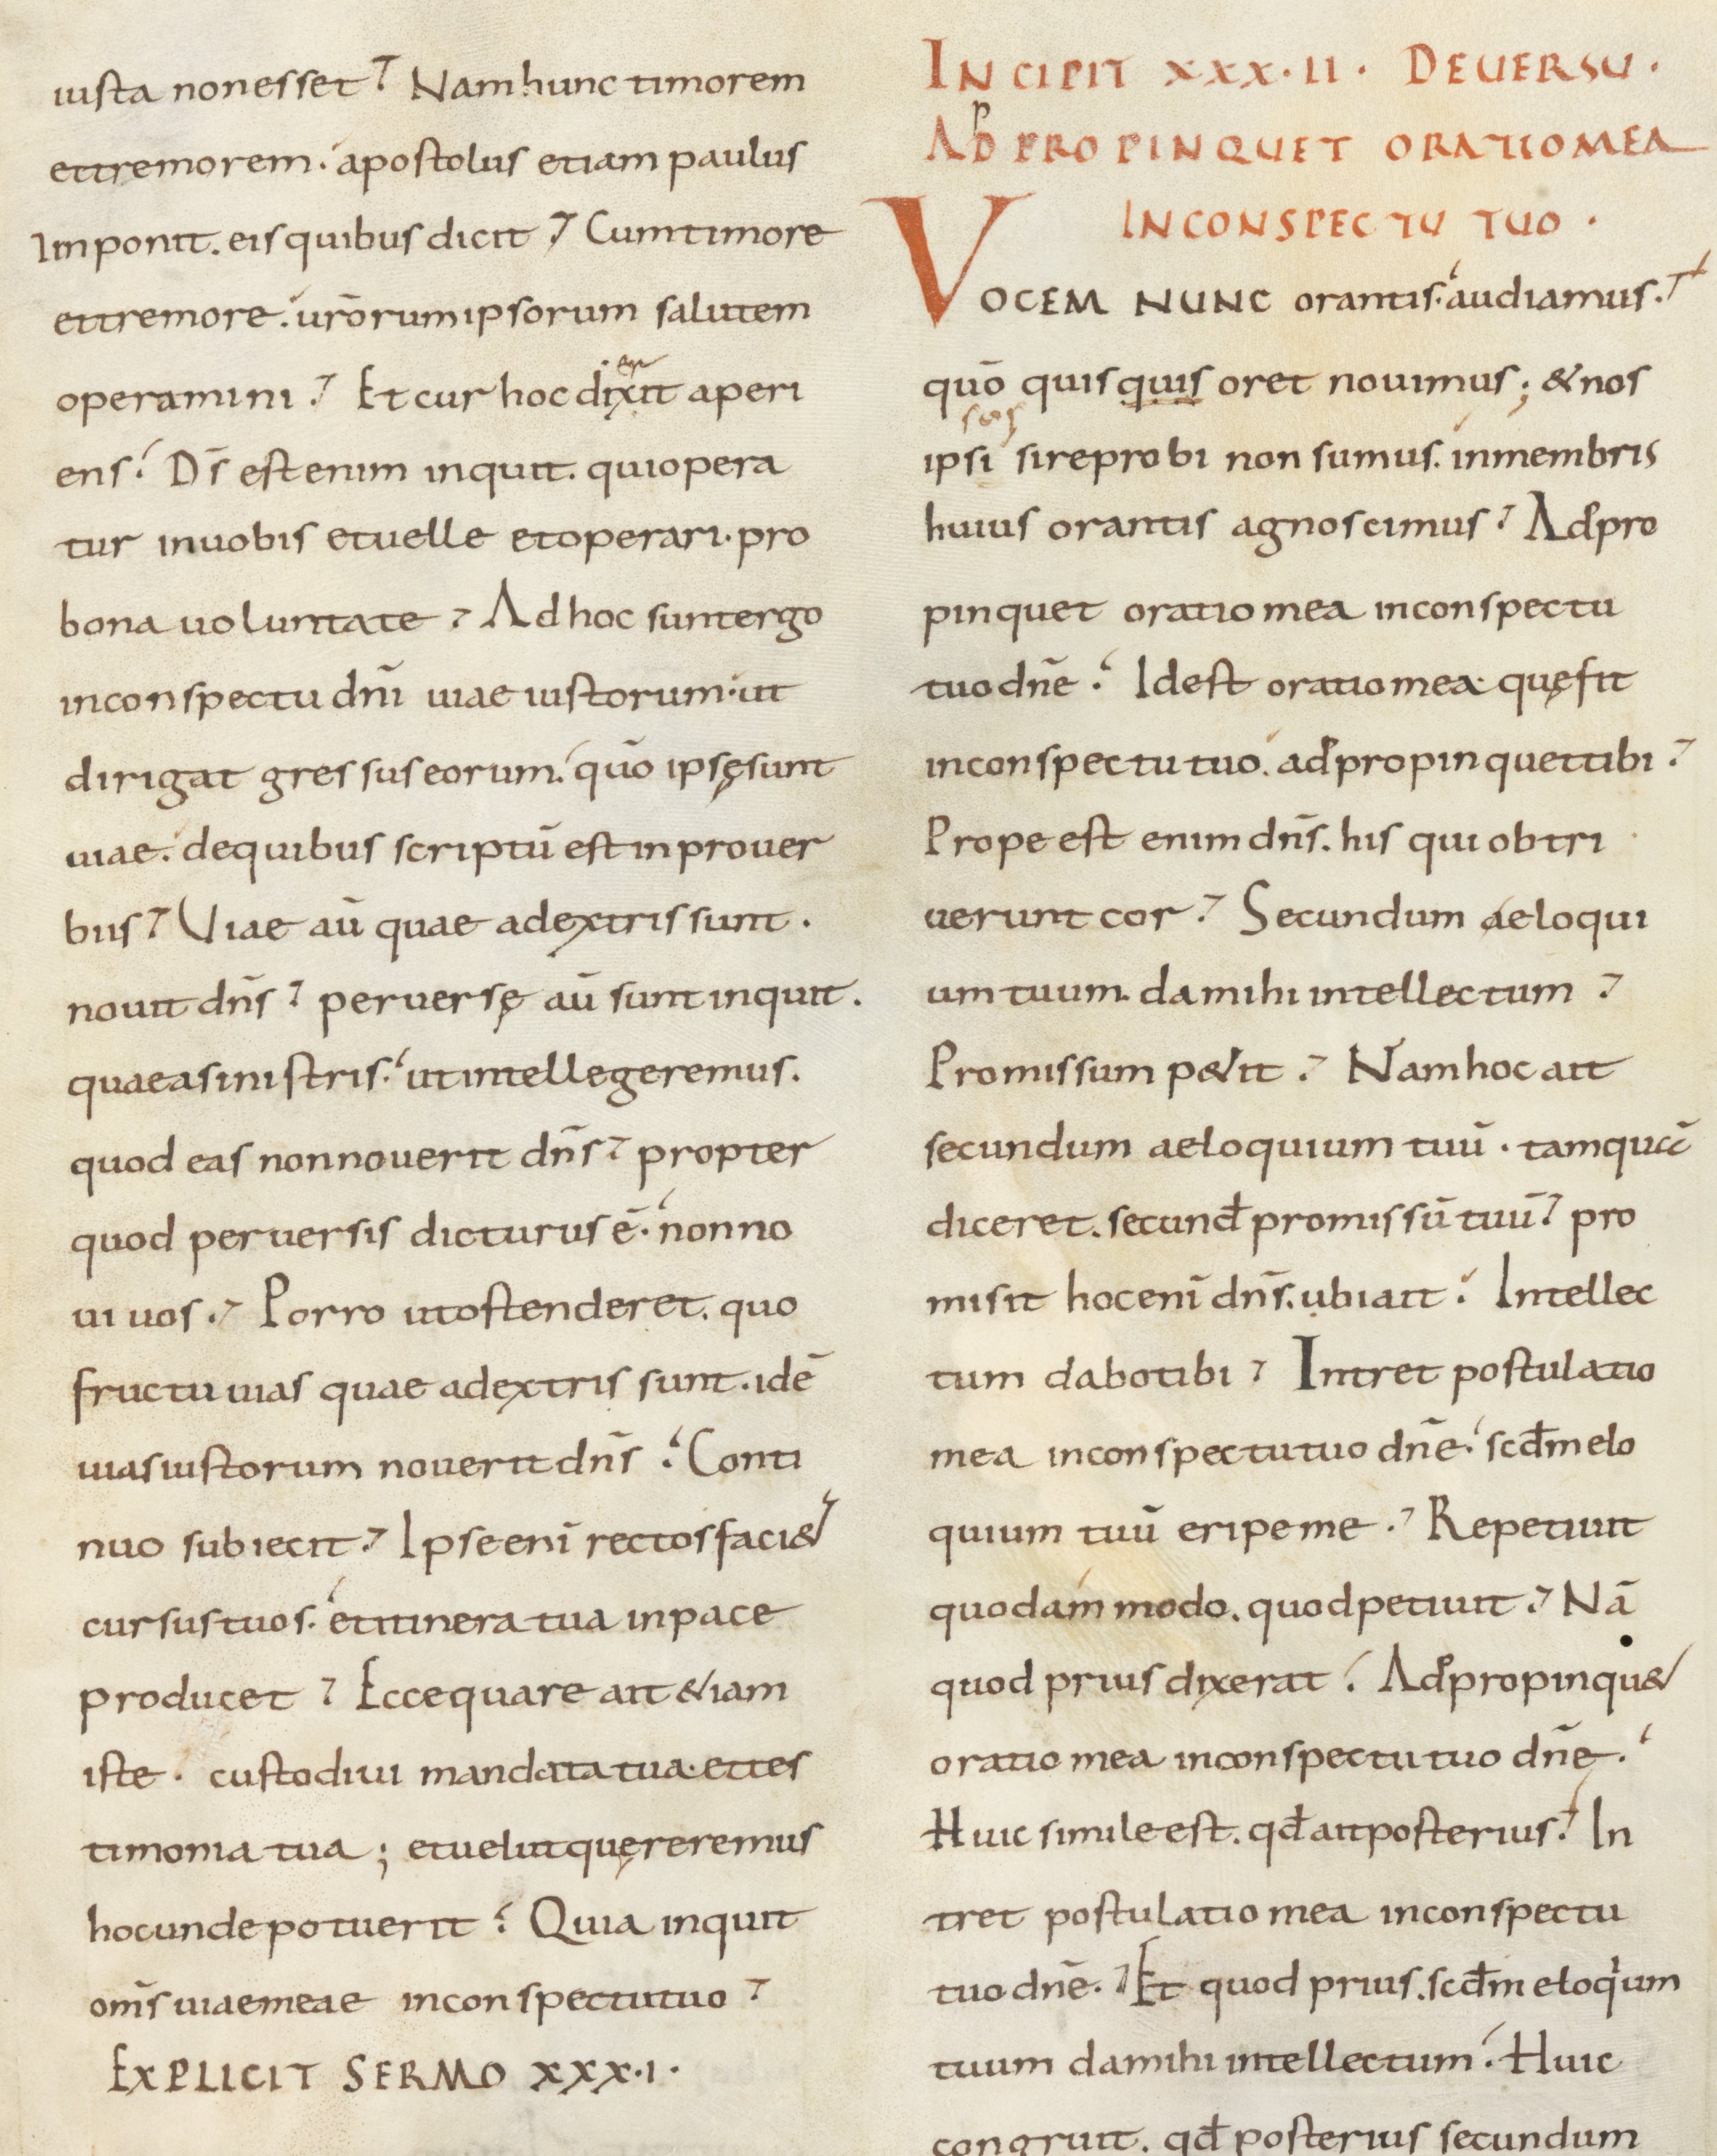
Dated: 800–899